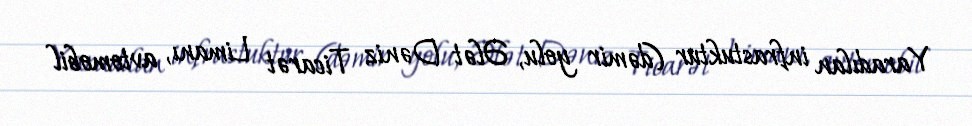
Yaradılan infrastuktur (dəmir yolu, Ələt Dəniz Ticarət Limanı, avtomobil